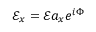
\mathcal { E } _ { x } = \mathcal { E } a _ { x } e ^ { i \Phi }